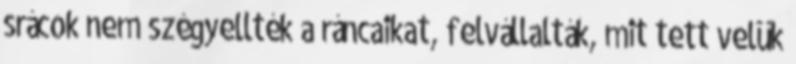
srácok nem szégyellték a ráncaikat, felvállalták, mit tett velük